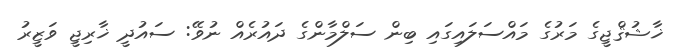
ޚާޝުޤްޖީގެ މަރުގެ މައްސަލައިގައި ބިން ސަލްމާންގެ ދައުރެއް ނުވޭ: ސައުދީ ޚާރިޖީ ވަޒީރު